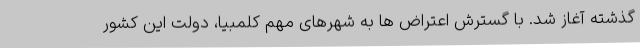
گذشته آغاز شد. با گسترش اعتراض ها به شهرهای مهم کلمبیا، دولت این کشور